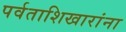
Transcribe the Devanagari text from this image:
पर्वताशिखारांना